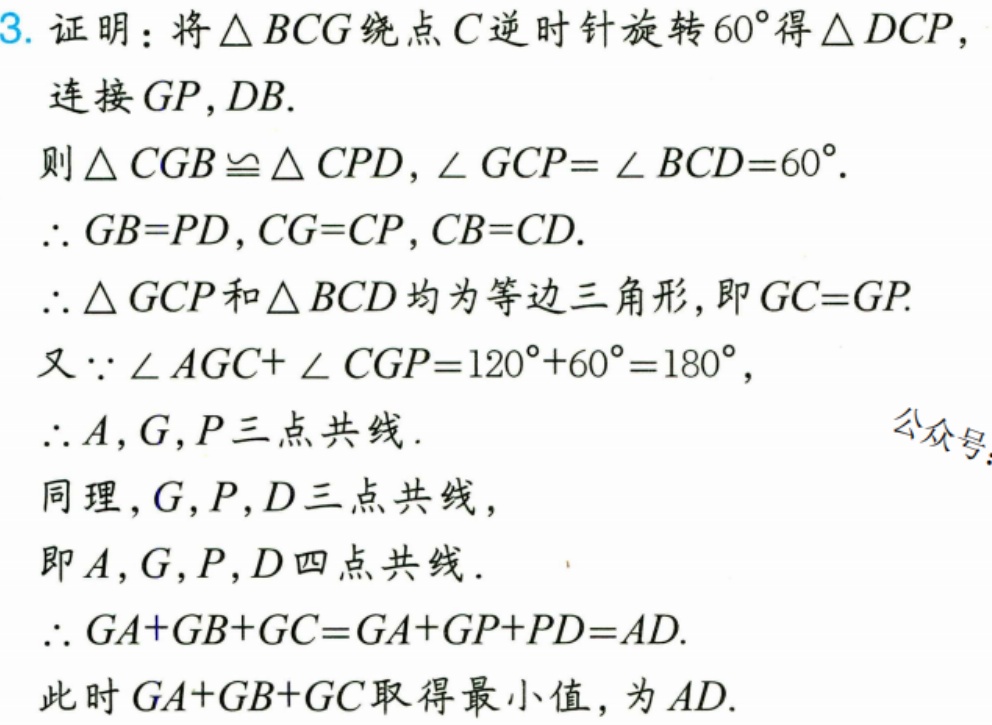
3. 证明：将\(\triangle BCG\)绕点\(C\)逆时针旋转\(60^{\circ}\)得\(\triangle DCP\)，
连接\(GP,DB\).
则\(\triangle CGB\cong\triangle CPD\)，\(\angle GCP = \angle BCD = 60^{\circ}\).
\(\therefore GB = PD\)，\(CG = CP\)，\(CB = CD\).
\(\therefore\triangle GCP\)和\(\triangle BCD\)均为等边三角形，即\(GC = GP\).
又\(\because\angle AGC+\angle CGP = 120^{\circ}+60^{\circ}=180^{\circ}\)，
\(\therefore A,G,P\)三点共线.
同理，\(G,P,D\)三点共线，
即\(A,G,P,D\)四点共线.
\(\therefore GA + GB+GC = GA + GP + PD = AD\).
此时\(GA + GB + GC\)取得最小值，为\(AD\).